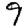
Digit: 9